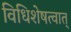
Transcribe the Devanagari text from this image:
विधिशेषत्वात्